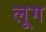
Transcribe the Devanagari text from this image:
लूग